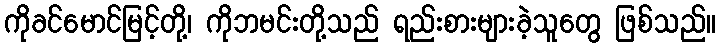
ကိုခင်မောင်မြင့်တို့၊ ကိုဘမင်းတို့သည် ရည်းစားများခဲ့သူတွေ ဖြစ်သည်။